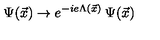
\Psi ( \vec { x } ) \rightarrow e ^ { - i e \Lambda ( \vec { x } ) } \: \Psi ( \vec { x } )